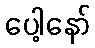
ပေါ့နော်